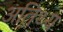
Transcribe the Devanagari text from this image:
अतिथ्य